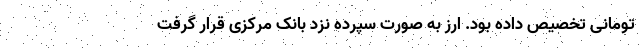
تومانی تخصیص داده بود. ارز به صورت سپرده نزد بانک مرکزی قرار گرفت